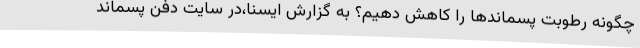
چگونه رطوبت پسماندها را کاهش دهیم؟ به گزارش ایسنا،در سایت دفن پسماند